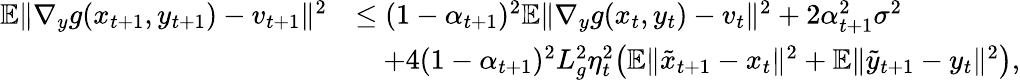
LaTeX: \begin{array}{rl}{\mathbb{E}\| \nabla_{y}g(x_{t+1},y_{t+1})-v_{t+1}\| ^{2}}&{\leq(1-\alpha_{t+1})^{2}\mathbb{E}\| \nabla_{y}g(x_{t},y_{t})-v_{t}\| ^{2}+2\alpha_{t+1}^{2}\sigma^{2}}\\ &{\quad+4(1-\alpha_{t+1})^{2}L_{g}^{2}\eta_{t}^{2}\big(\mathbb{E}\| \tilde{x}_{t+1}-x_{t}\| ^{2}+\mathbb{E}\| \tilde{y}_{t+1}-y_{t}\| ^{2}\big),}\end{array}